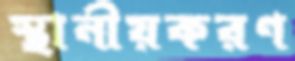
স্থানীয়করণ